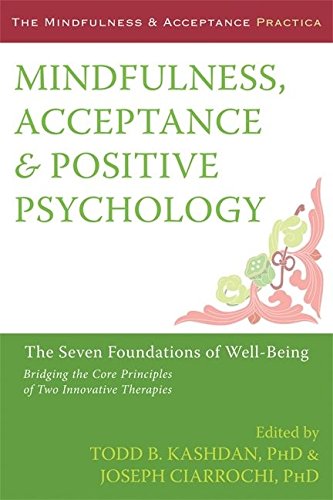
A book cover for Mindfulness, Acceptance, and Positive Psychology: The Seven Foundations of Well-Being (The Context Press Mindfulness and Acceptance Practica Series); Science & Math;